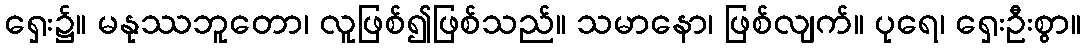
ရှေး၌။ မနုဿဘူတော၊ လူဖြစ်၍ဖြစ်သည်။ သမာနော၊ ဖြစ်လျက်။ ပုရေ၊ ရှေးဦးစွာ။